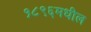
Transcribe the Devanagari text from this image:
१८९६मधील